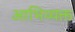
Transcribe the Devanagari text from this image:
आभिव्यक्त